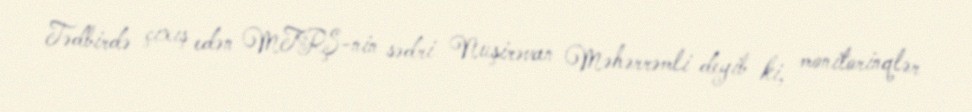
Tədbirdə çıxış edən MTRŞ-nin sədri Nuşirəvan Məhərrəmli deyib ki, monitorinqlər